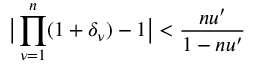
\big | \prod _ { \nu = 1 } ^ { n } ( 1 + \delta _ { \nu } ) - 1 \big | < \frac { n u ^ { \prime } } { 1 - n u ^ { \prime } }